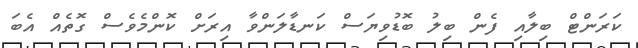
ކަރަންޓް ބިލާއި ފެން ބިލު ބޮޑުވިޔަސް ކަނޑާލަންވާ އިރަށް ކޮންމެވެސް ގޮތެއް އެބަ